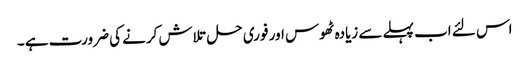
اس لئے اب پہلے سے زیادہ ٹھوس اور فوری حل تلاش کرنے کی ضرورت ہے ۔